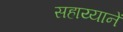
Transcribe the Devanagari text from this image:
सहाय्यानें